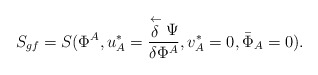
\begin{align*}S_{gf}=S(\Phi^{A},u^{*}_{A}=\frac{\stackrel{\leftarrow}{\delta}\Psi}{\delta\Phi^{A}},v^{*}_{A}=0,{\bar{\Phi}}_{A}=0).\end{align*}